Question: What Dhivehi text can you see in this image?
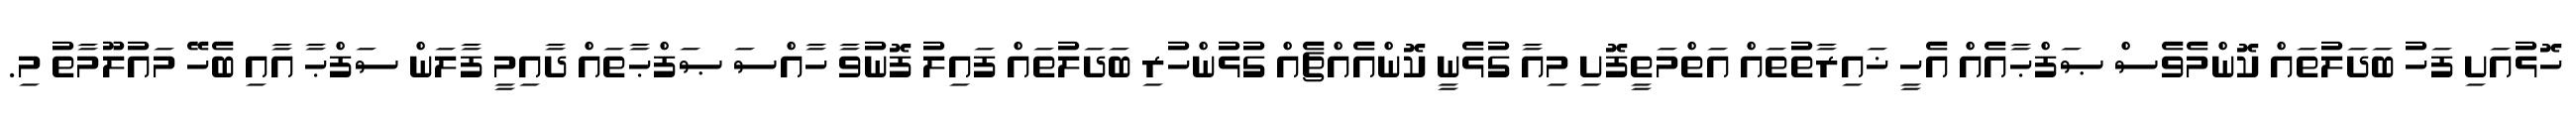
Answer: ހޮޅުއަށި ފަހު ބަދަލުތައް ކޮންމެވެސް ޞަފްޙާއެއް އެހީ ޚައިރާތުތައް އަތްމަތީފޮށި މިއާ ގުޅެނީ ކޮންއެއްޗެއް ގުޅުންހުރި ބަދަލުތައް ފައިލު ފޮނުވާ ހާއްސަ ޞަފްޙާތައް ދާއިމީ ފާލަން ސަފްޙާ އާއި ބެހޭ މައުލޫމާތު މި.